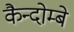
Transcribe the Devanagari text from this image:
कैन्दोम्बे